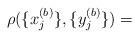
LaTeX: \begin{align*}\rho ( \{x^{(b)}_j \}, \{y^{(b)}_j \} ) =\end{align*}